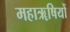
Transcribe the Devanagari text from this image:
महाॠषियों